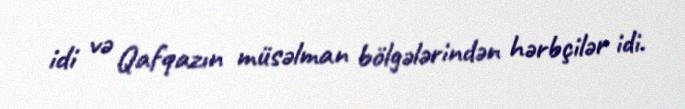
idi və Qafqazın müsəlman bölgələrindən hərbçilər idi.